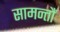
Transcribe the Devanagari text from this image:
सामन्तौं